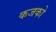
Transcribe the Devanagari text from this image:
कजको